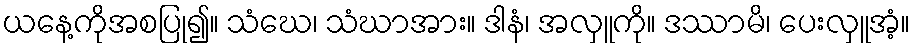
ယနေ့ကိုအစပြု၍။ သံဃေ၊ သံဃာအား။ ဒါနံ၊ အလှူကို။ ဒဿာမိ၊ ပေးလှူအံ့။